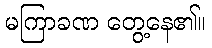
မကြာခဏ တွေ့နေ၏။